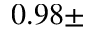
0 . 9 8 \pm